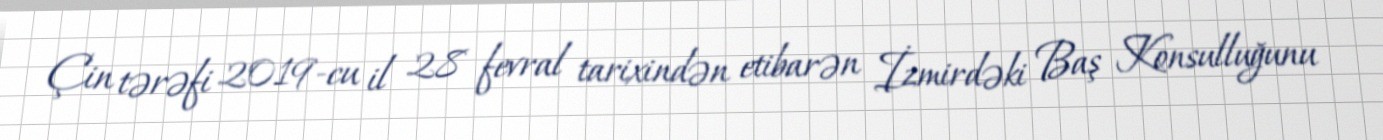
Çin tərəfi 2019-cu il 28 fevral tarixindən etibarən İzmirdəki Baş Konsulluğunu